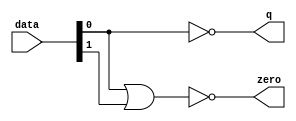
module  fp_sub_altpriority_encoder_nh8
	(
	data,
	q,
	zero) ;
	input   [1:0]  data;
	output   [0:0]  q;
	output   zero;
	assign
		q = {(~ data[0])},
		zero = (~ (data[0] | data[1]));
endmodule